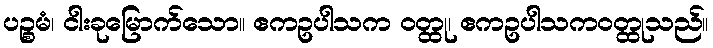
ပဉ္စမံ၊ ငါးခုမြောက်သော။ ဧကဥပါသက ဝတ္ထု၊ ဧကဥပါသကဝတ္ထုသည်။